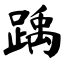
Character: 踽